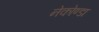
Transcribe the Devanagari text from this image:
नेकोण्डा